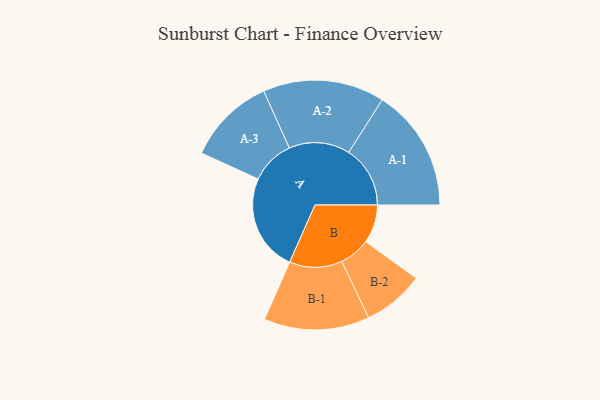
{"axis": {"x": "Segment", "y": "Value"}, "legend": ["", "A", "B"], "data": [{"x": "A", "y": 458, "type": ""}, {"x": "B", "y": 181, "type": ""}, {"x": "A-1", "y": 290, "type": "A"}, {"x": "A-2", "y": 287, "type": "A"}, {"x": "A-3", "y": 208, "type": "A"}, {"x": "B-1", "y": 249, "type": "B"}, {"x": "B-2", "y": 145, "type": "B"}]}